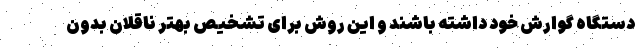
دستگاه گوارش خود داشته باشند و این روش برای تشخیص بهتر ناقلان بدون